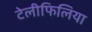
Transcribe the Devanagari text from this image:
टेलीफिलिया